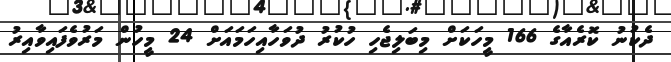
ދެކުނު ކޮރެއާގެ 166 މީހަކަށް މިބަލިޖެހި ހުކުރު ދުވަހާއިހަމައަށް 24 މީހުން މަރުވެފައިވާއިރު